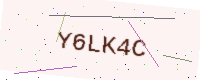
Text: Y6LK4C